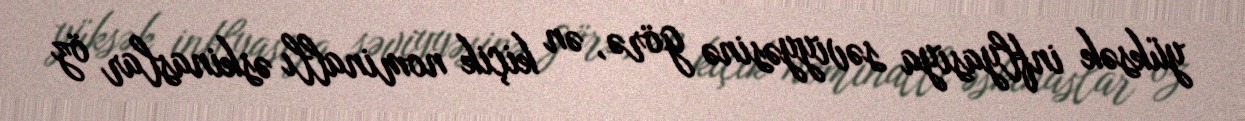
yüksək inflyasiya səviyyəsinə görə, ən kiçik nominallı əskinaslar öz